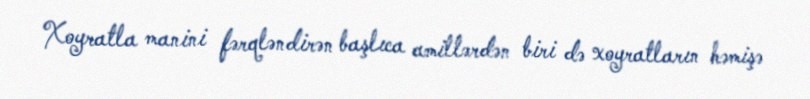
Xoyratla manini fərqləndirən başlıca amillərdən biri də xoyratların həmişə